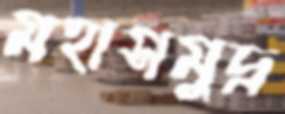
মহাসমুদ্র